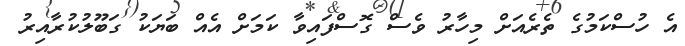
އެ ހުސްކަމުގެ ތެރެއަށް މިހާރު ވެސް ގޮސްފައިވާ ކަމަށް އެއް ބަޔަކު ގަބޫލުކުރާއިރު